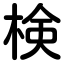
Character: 検